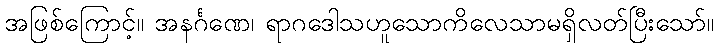
အဖြစ်ကြောင့်။ အနင်္ဂဏေ၊ ရာဂဒေါသဟူသောကိလေသာမရှိလတ်ပြီးသော်။